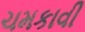
ચમકાવી